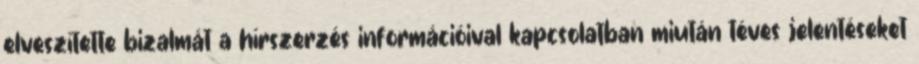
elveszítette bizalmát a hírszerzés információival kapcsolatban miután téves jelentéseket